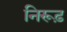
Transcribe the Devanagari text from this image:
निरूढ़